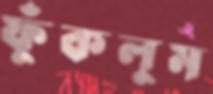
ফুঁকলুম